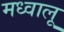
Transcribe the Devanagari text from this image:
मध्वालू